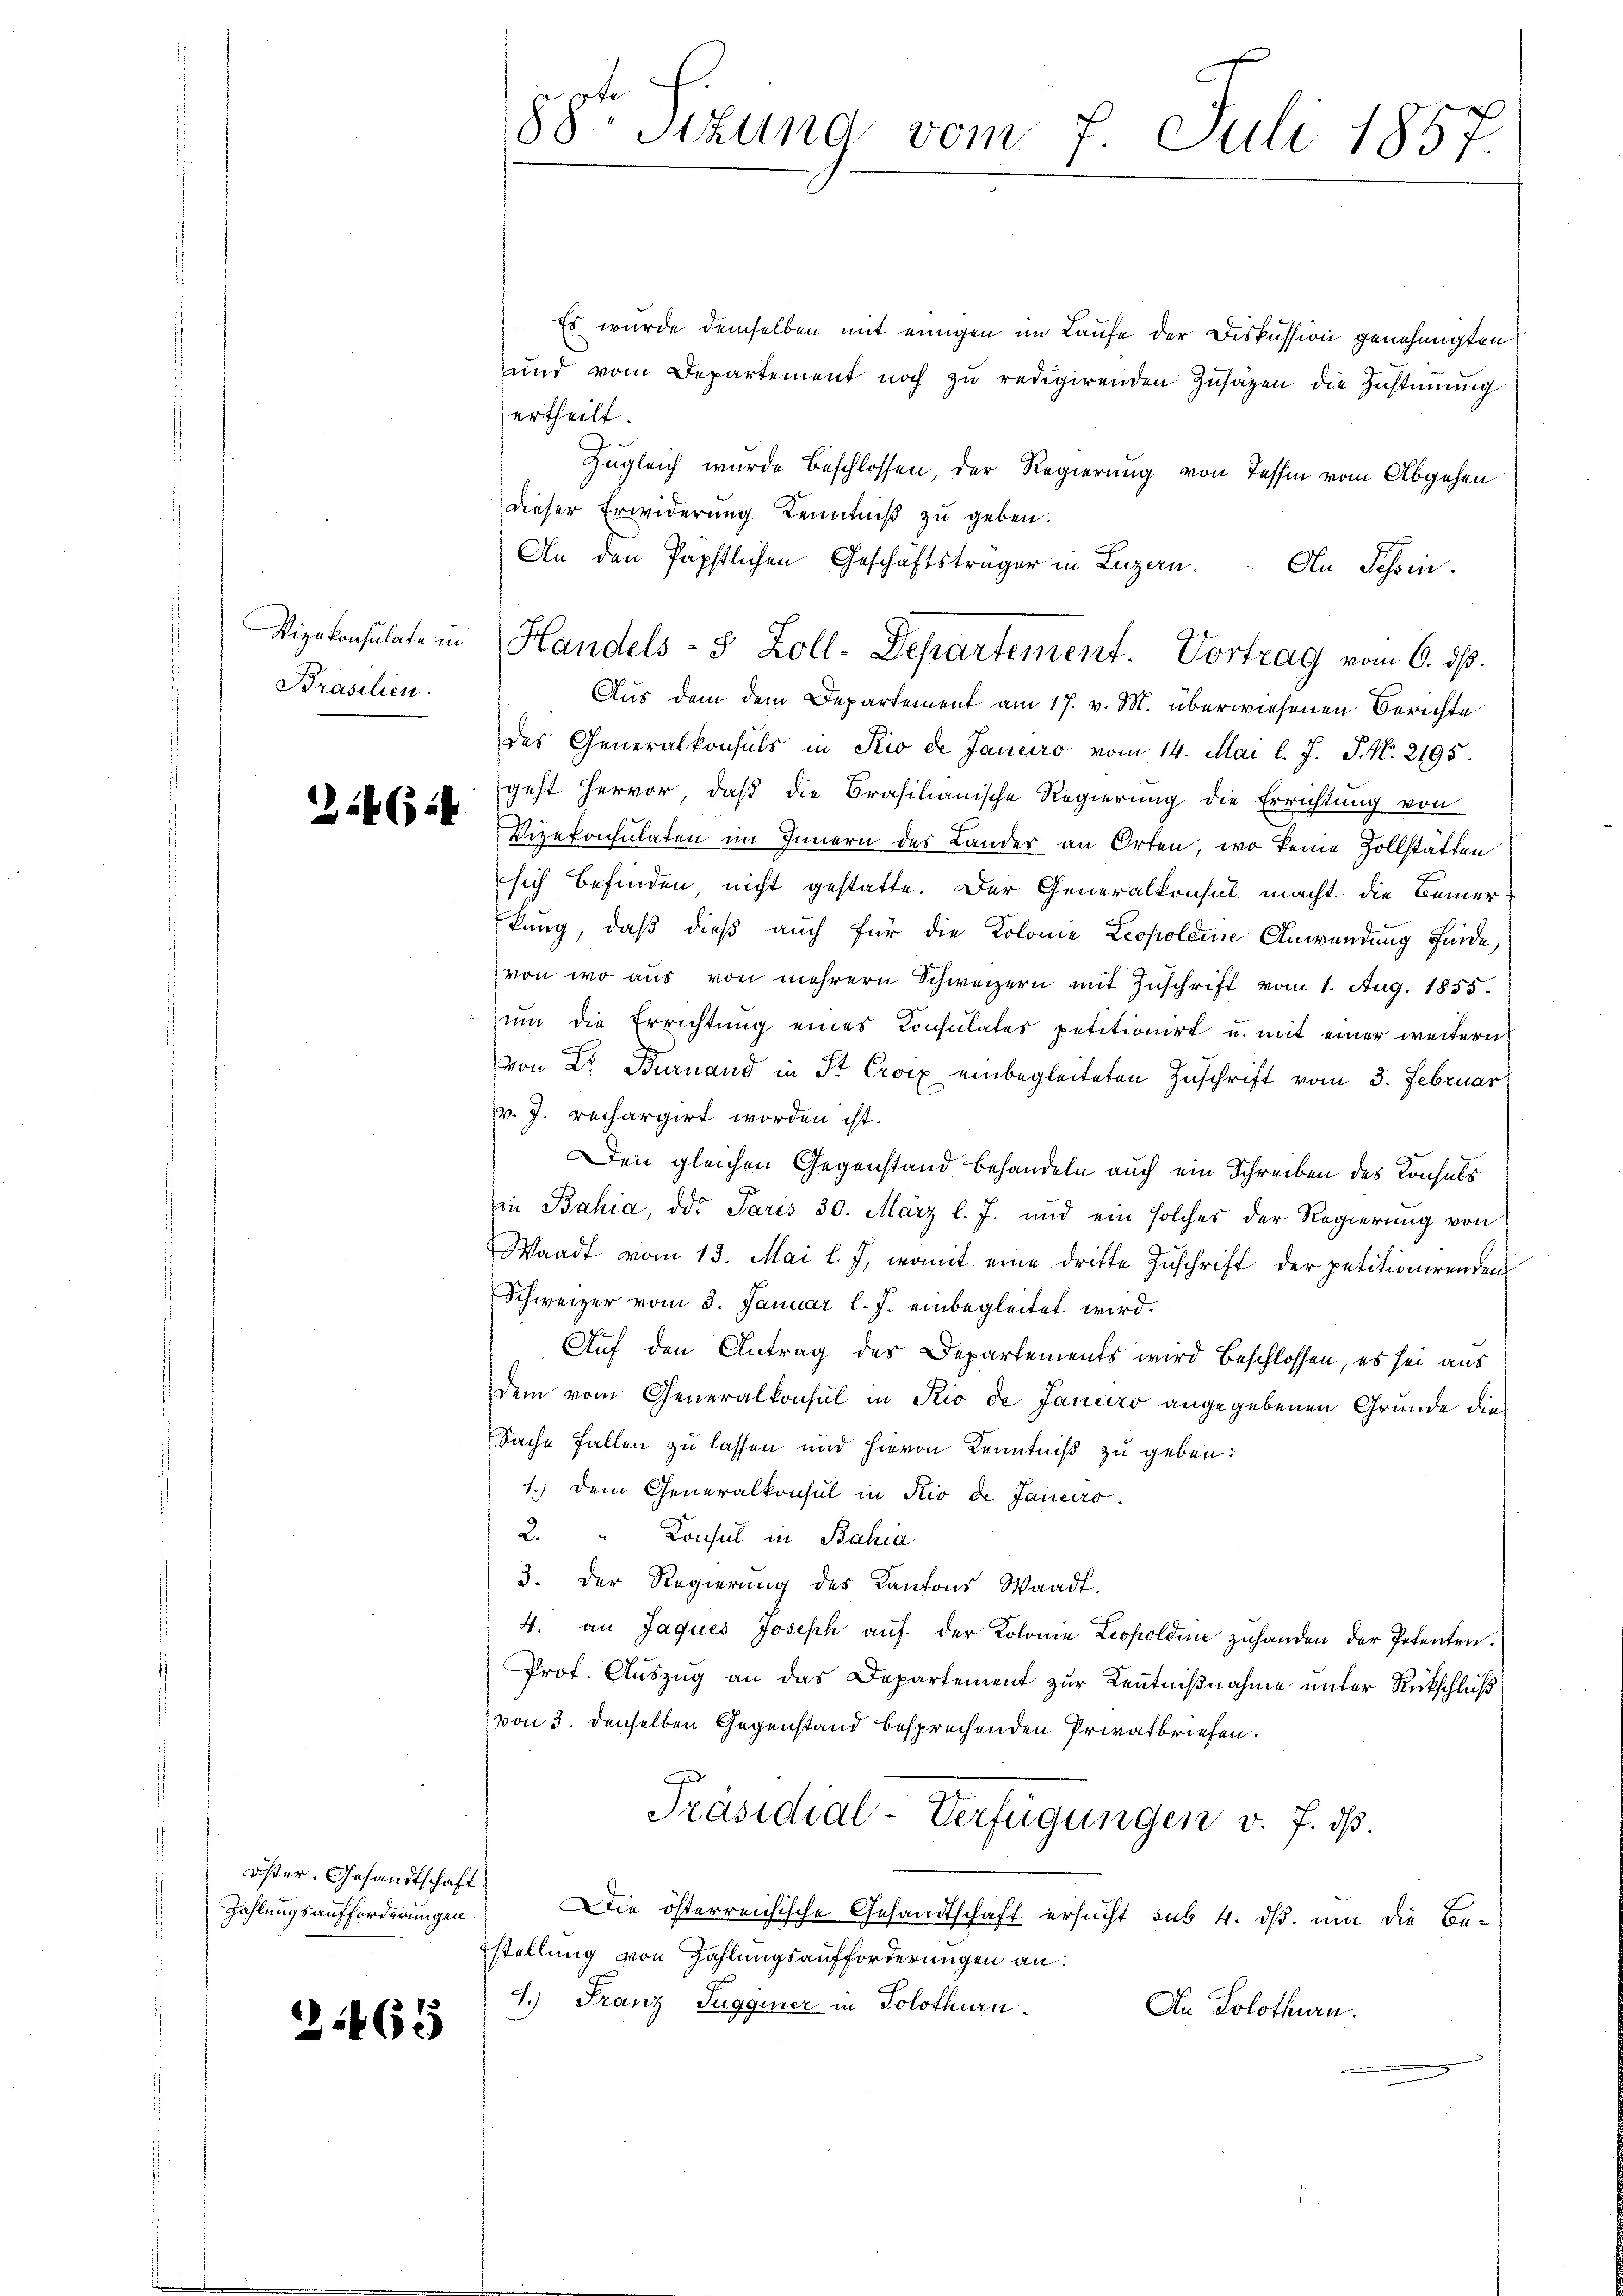
Prasilien.

24 (14

Es wurde demselben mit einigen im Laufe der Diskussion genehmigten
und vom Departement noch zŭ redigirenden Zŭsaten die Zustimmig
ertheilt.
e
Zugleich wurde beschlossen, der Regierung von Tessin vom Abgehen
dieser Erwiderung Kenntniß zu geben.
An den Papstlichen Geschäftsträger in Luzern. An Schön.
Aus dem dem Departement am 17. v. M. überwiesenen Berichte
des Generalkonsuls in Rio de Janeiro vom 14. Mai l. J. J. No. 2195.
geht hervor, daß die Brasilianische Regierung die Errichtung von
Vizekonsulaten im Innern des Lander an Orten, wo keine Zollstätten
sich befinden nicht gestatte. Der Generalkonsul macht die Bemerkung, daß dieß auch für die Kolome Leopoldine Anwendung fürde,
von wo aus von mehrern Schweizern mit Zuschrift vom 1. Aug. 1855.
zŭm die Errichtung eines Consulates petitionirt u. mit einer weitern
von Dr. Burnand in St. Croix einbegleiteten Zuschrift vom 5. Februar
v. J. rechargirt worden ist.
Den gleichen Gegenstand behandeln auch ein Schreiben des Konsuls
in Bahia, der Paris 30. März l. J. und ein solches der Regierung von
Waadt vom 13. Mai l. J. womit eine dritte Zuschrift der petitionirenden
Schweizer vom 3. Januar l. J. einbegleitet wird.
Auf den Antrag des Departements wird beschlossen, es sei aus
dem vom Generalkonsul in Rio de Janeiro angegebenen Grunde die
Sache Fallen zu lassen und hievon Kenntniß zu geben:
1.) Dem Generalkonsul in Rio de Janeiro
2. " Consul in Bahia
3. Der Regierŭng des Kantons Waadt.
4. an Jaques Joseph aŭf der Kolonie Leopoldine zuhanden der Petenten.
Prof. Auszug an das Departement zur Kenntnißnahme unter Rückschluß
von 3. denselben Gegenstand besprechenden Privatbriefen.
Präsidial-Verfügungen v. J. dß.
Die österreichische Gesandtschaft ersucht sub 4. dß um die Be-
stellung von Zahlungsaufforderungen an:
1.) Franz Tuggener in Solothurn.
An Solothurn.

Öster. Gesandtschaft.
Zahlungsaufforderungen.

21465

88te Sitzung vom 7. Juli 1857.

Vizekonsulate in Handels- 5 Zoll-Departement. Vortrag vom 6. ds.